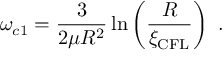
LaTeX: \omega _ { c 1 } = \frac { 3 } { 2 \mu R ^ { 2 } } \ln \left( \frac { R } { \xi _ { \mathrm { C F L } } } \right) \ .